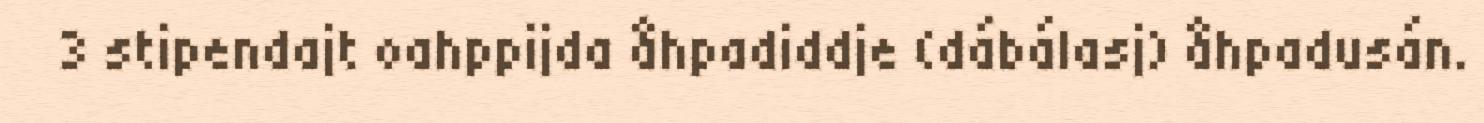
3 stipendajt oahppijda åhpadiddje (dábálasj) åhpadusán.